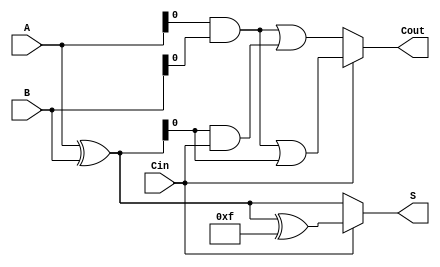
module carry_select_adder_4bit (
    input [3:0] A,      // 4-bit input A
    input [3:0] B,      // 4-bit input B
    input Cin,          // Carry-in
    output [3:0] S,     // 4-bit Sum output
    output Cout         // Carry-out
);
    wire [3:0] S0, S1;  // Sums for carry-in 0 and 1
    wire C0, C1;        // Carry-outs for carry-in 0 and 1

    // Full adder logic for carry-in = 0
    assign S0 = A ^ B;  // Sum when Cin = 0
    assign C0 = (A & B) | (S0 & Cin); // Carry-out when Cin = 0

    // Full adder logic for carry-in = 1
    assign S1 = S0 ^ {4{1'b1}}; // Sum when Cin = 1 (A + B + 1)
    assign C1 = (A & B) | (S0 & 1'b1); // Carry-out when Cin = 1

    // Multiplexer to select the correct sum and carry-out
    assign S = Cin ? S1 : S0; // Select sum based on Cin
    assign Cout = Cin ? C1 : C0; // Select carry-out based on Cin

endmodule